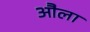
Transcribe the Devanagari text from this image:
औला